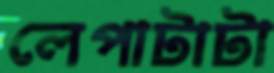
লেপাটাটা